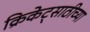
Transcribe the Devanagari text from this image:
क्रिकेट्साठीच्या